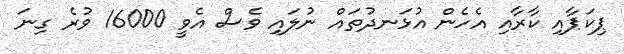
ޕިކަޕާއި ކާރާއި އެހެން އުޅަނދުތައް ނުލައި ވެސް އެވީ 16000 ވުރެ ގިނަ